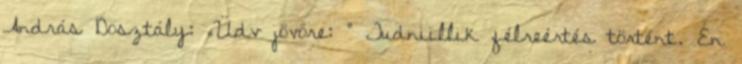
András Dosztály: „Üdv jövőre: ” Tudniillik félreértés történt. Én